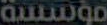
مؤسسة